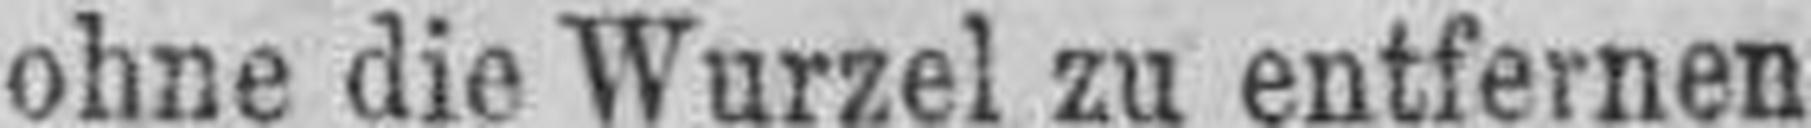
ohne die Wurzel zu entfernen